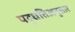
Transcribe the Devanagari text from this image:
पद्धतिअनुसार